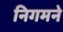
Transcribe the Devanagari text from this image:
निगमने